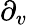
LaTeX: \partial_{v}\,